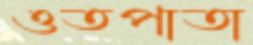
ওতপাতা